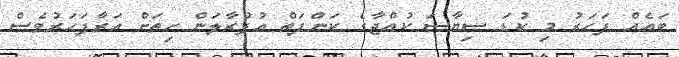
ބައެއް ފަހަރު މި ކުޑަ ސިޔާސަ ކުއްޖާގެ ކަންފަތް އުފުރާލަން ހިތަށް އަރާފަހަރުވެސް